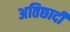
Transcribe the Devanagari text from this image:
अतिछादी